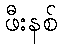
ဖီးနစ်